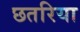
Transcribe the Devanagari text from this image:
छतरिया